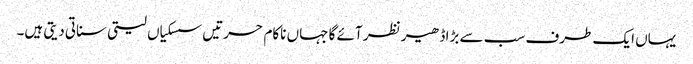
یہاں ایک طرف سب سے بڑا ڈھیر نظر آئے گا جہاں ناکام حسرتیں سسکیاں لیتی سناتی دیتی ہیں۔